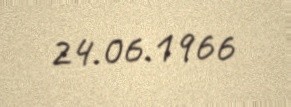
24.06.1966